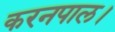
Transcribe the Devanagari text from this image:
करनपाल।